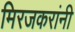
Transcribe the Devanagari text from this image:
मिरजकरांनी